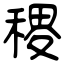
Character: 稷